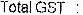
TOTAL GST :